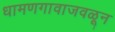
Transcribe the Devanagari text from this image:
धामणगावाजवळून